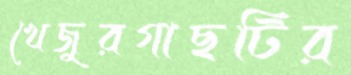
খেজুরগাছটির